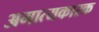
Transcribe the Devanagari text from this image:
अमात्यकारक